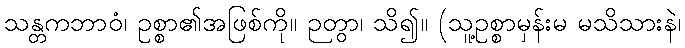
သန္တကဘာဝံ၊ ဥစ္စာ၏အဖြစ်ကို။ ဉတွာ၊ သိ၍။ (သူ့ဥစ္စာမှန်းမ မသိသားနဲ၊